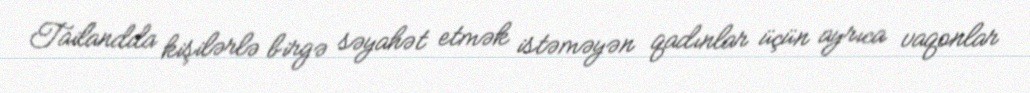
Tailandda kişilərlə birgə səyahət etmək istəməyən qadınlar üçün ayrıca vaqonlar